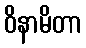
ဝိနာမိတာ